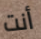
أنت